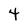
Character: 4